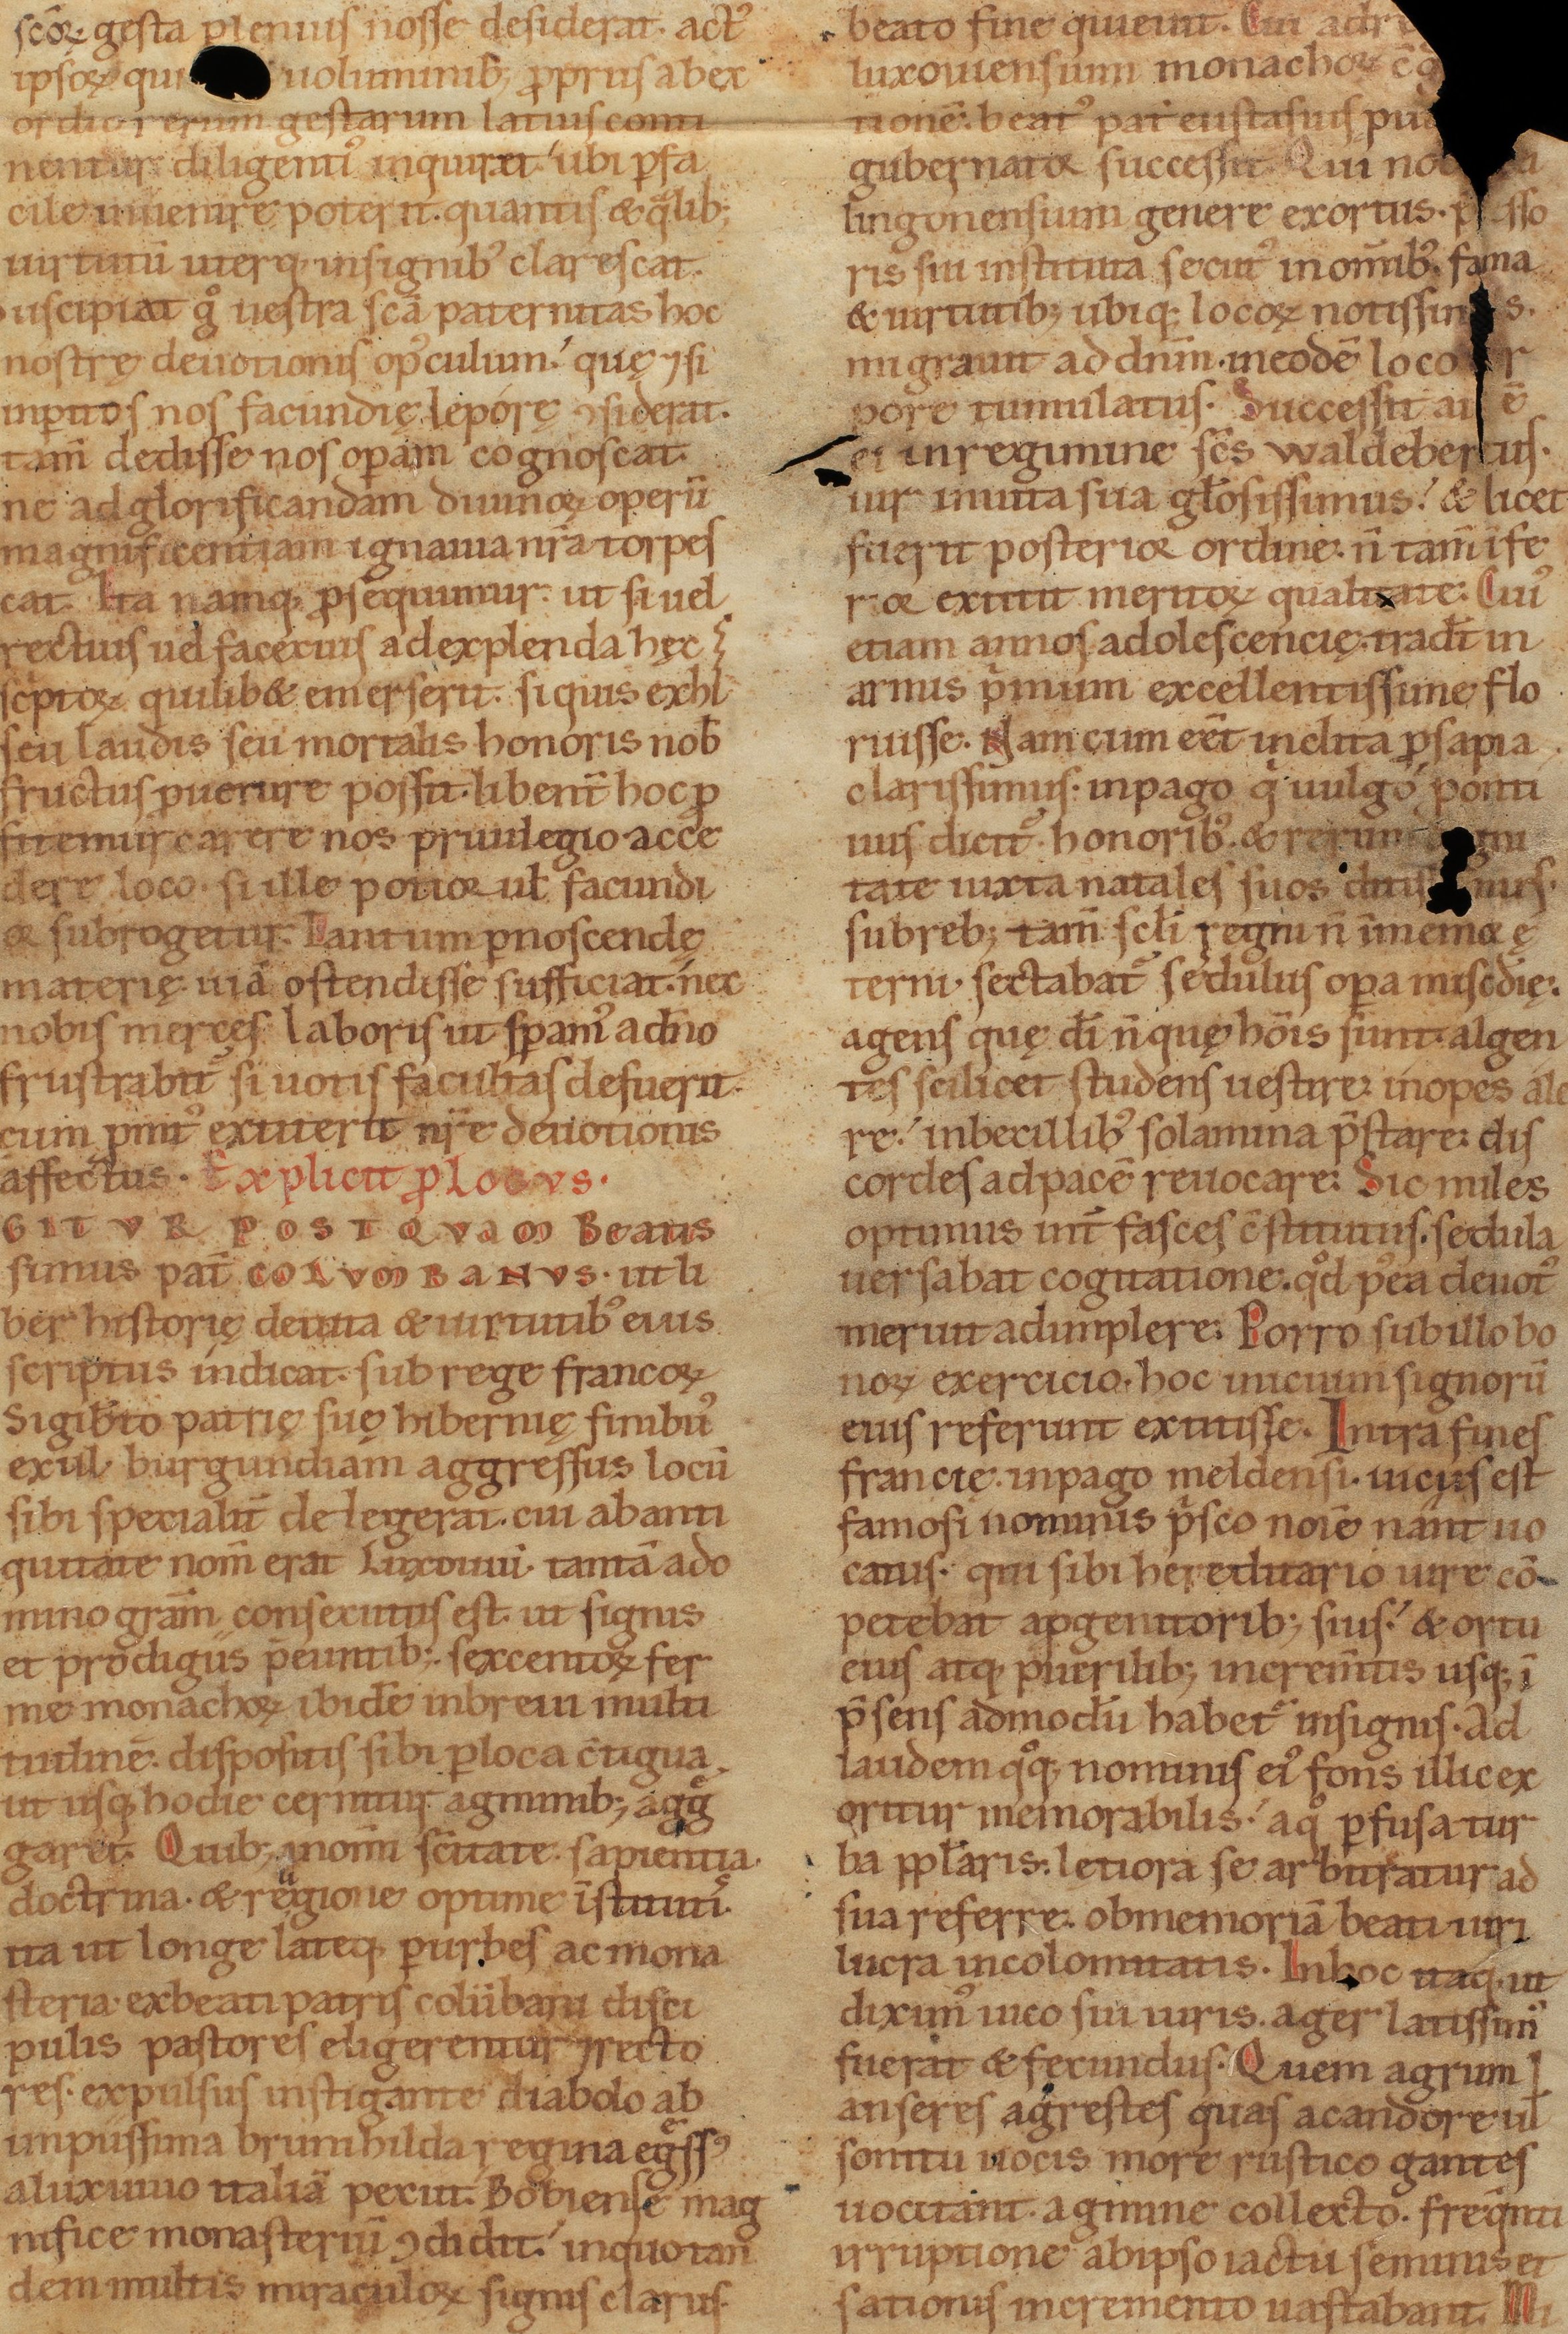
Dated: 1140–1170